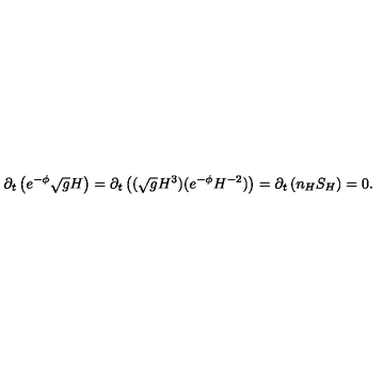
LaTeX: \partial _ { t } \left( e ^ { - \phi } \sqrt { g } H \right) = \partial _ { t } \left( ( \sqrt { g } H ^ { 3 } ) ( e ^ { - \phi } H ^ { - 2 } ) \right) = \partial _ { t } \left( n _ { H } S _ { H } \right) = 0 .